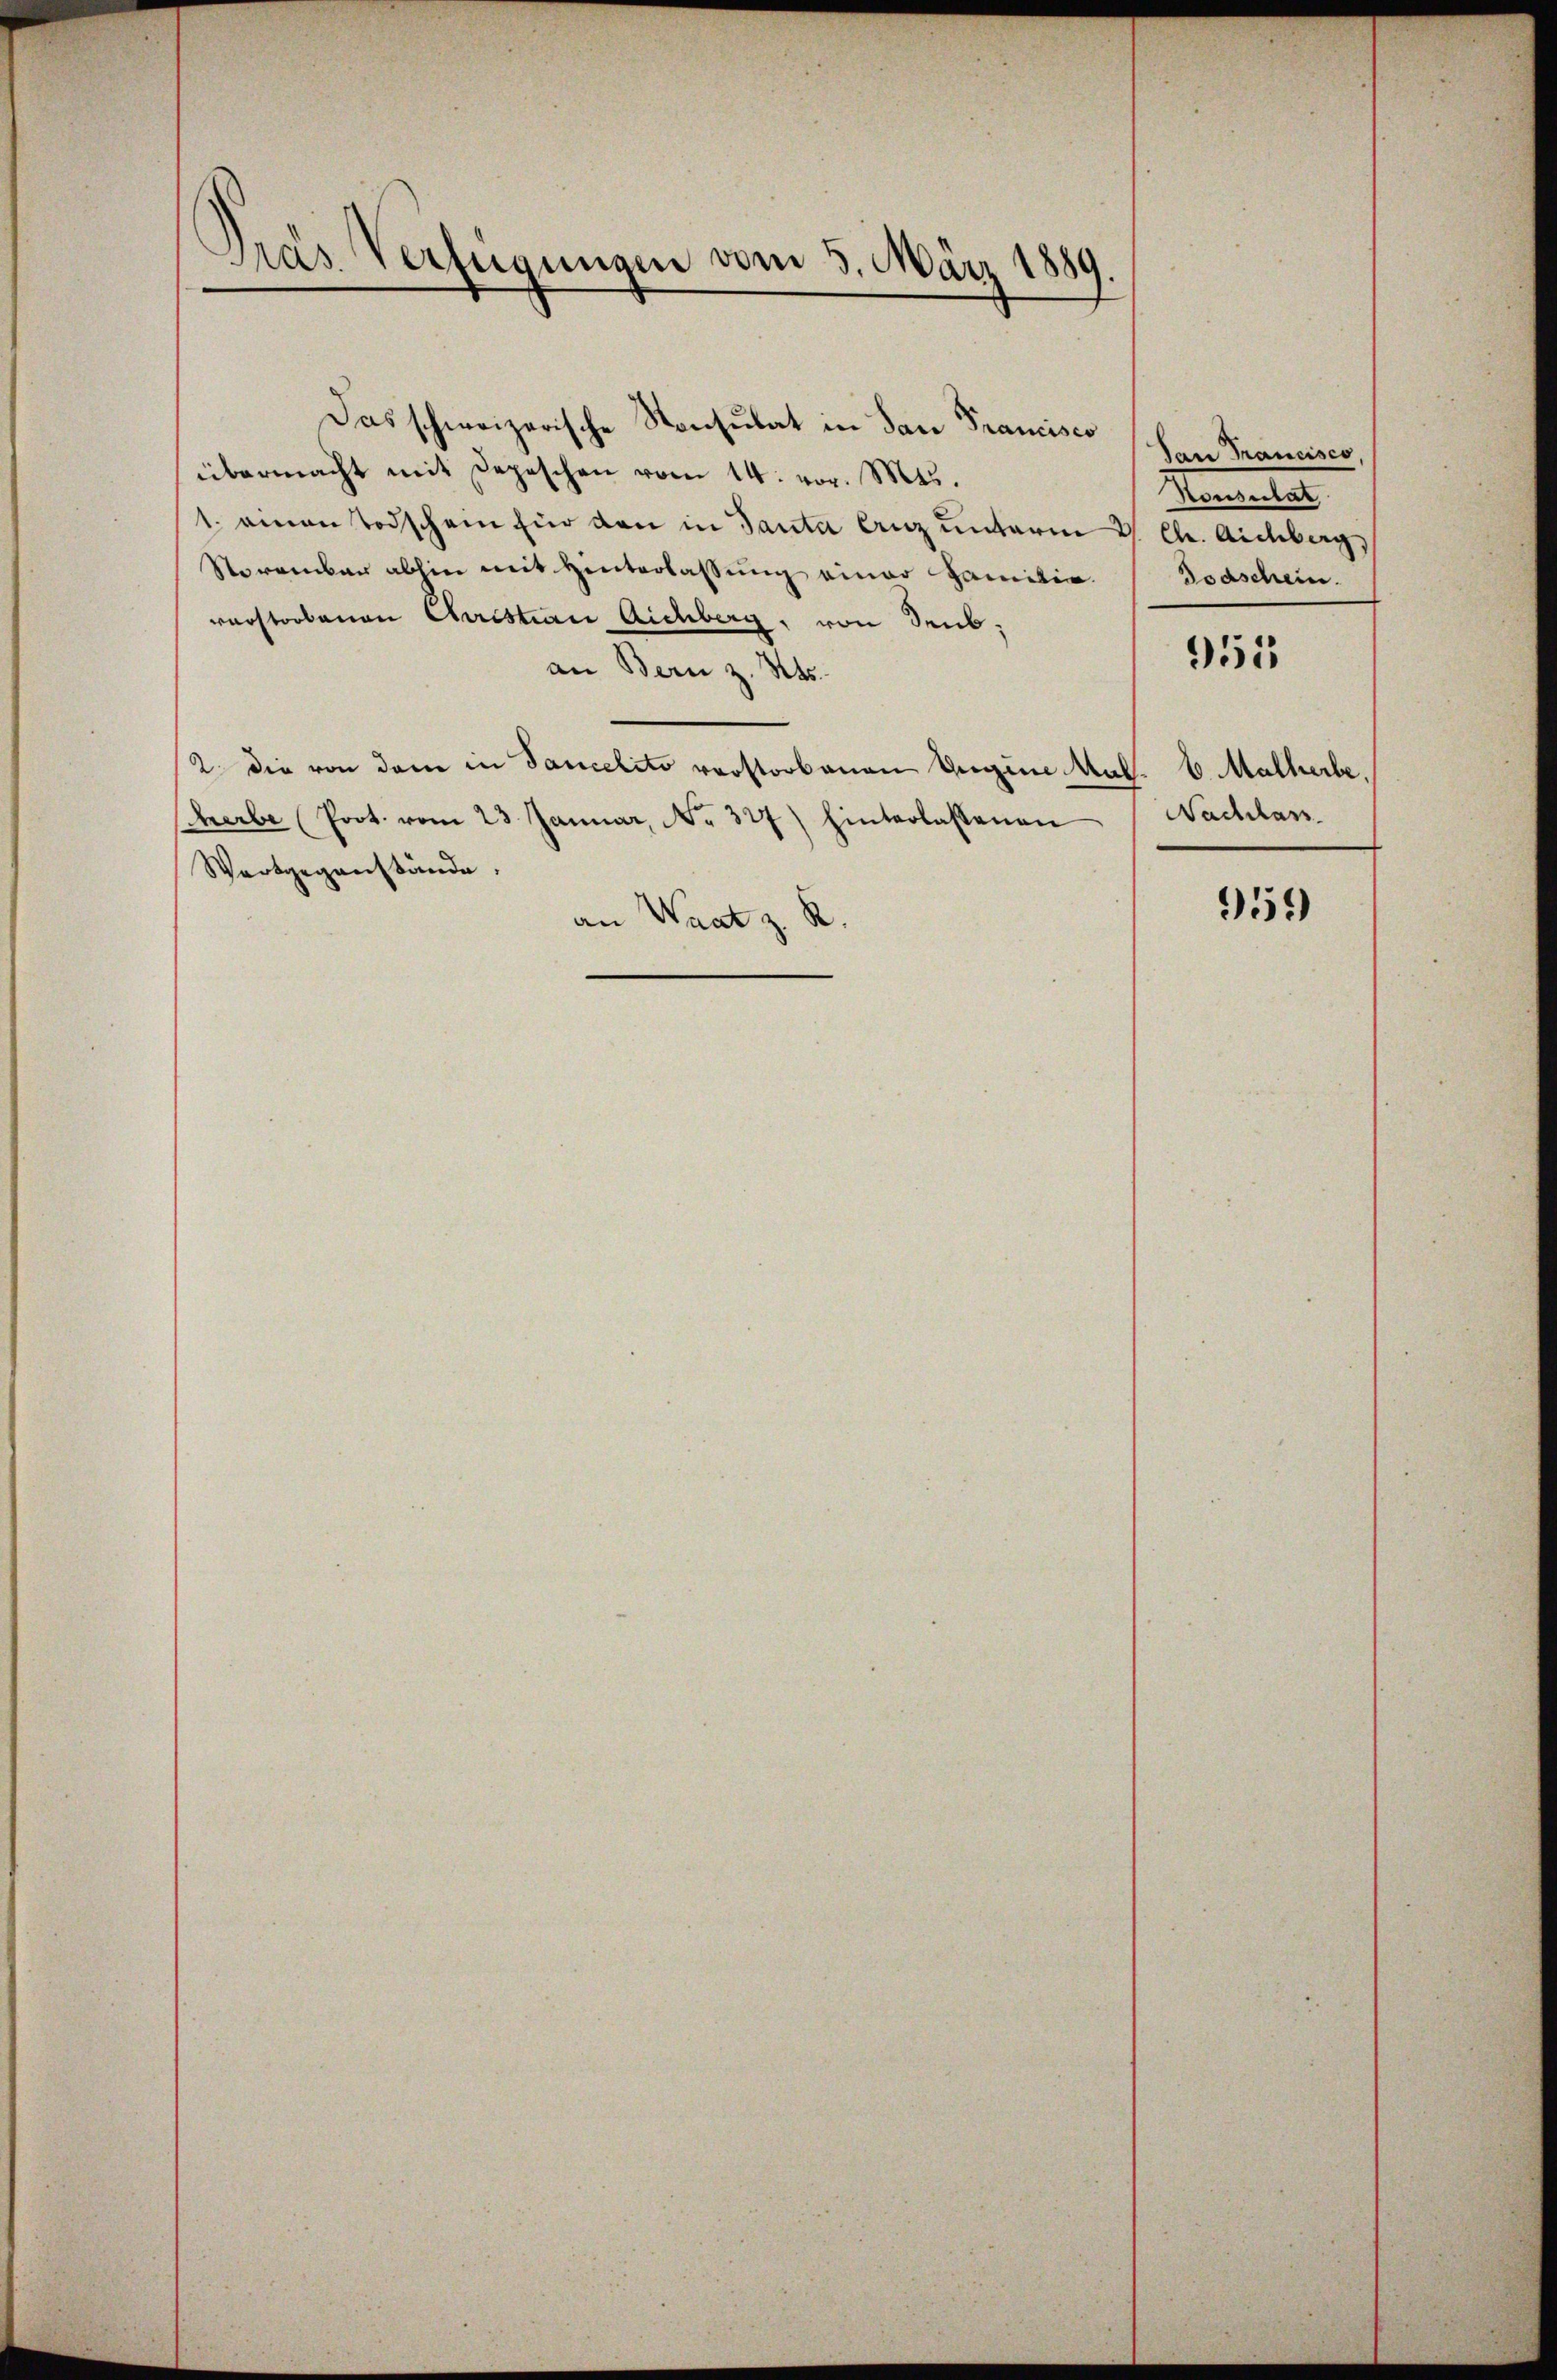
Pras Verfügungen vom 5. März 1889.

übermacht mit Depeschen vom 14. vor. Mts.
1. einen Todschein für den in Tanta lanz unterm 2. Ch. Aichberg,
Storember abhin mit Hinterlassung einer Familie.
verstorbenen Christian Aichberg, von Seuban Bern z. Mts.
2. die von dem in Sancelito verstorbenen Begine Mal. 6. Malherbe,
herbe Prot. vom 23. Januar, No. 327) hinterlassenen
Wertgegenstände.
an Waat z. R.

Das schweizerische Konsulat in dan Prancisco

San Francisco,
Mangeleg
Todschein.

951

Nachlas

959)